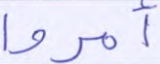
أمروا